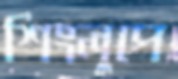
শিংলুপে